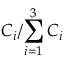
{ C _ { i } } / { \sum _ { i = 1 } ^ { 3 } C _ { i } }